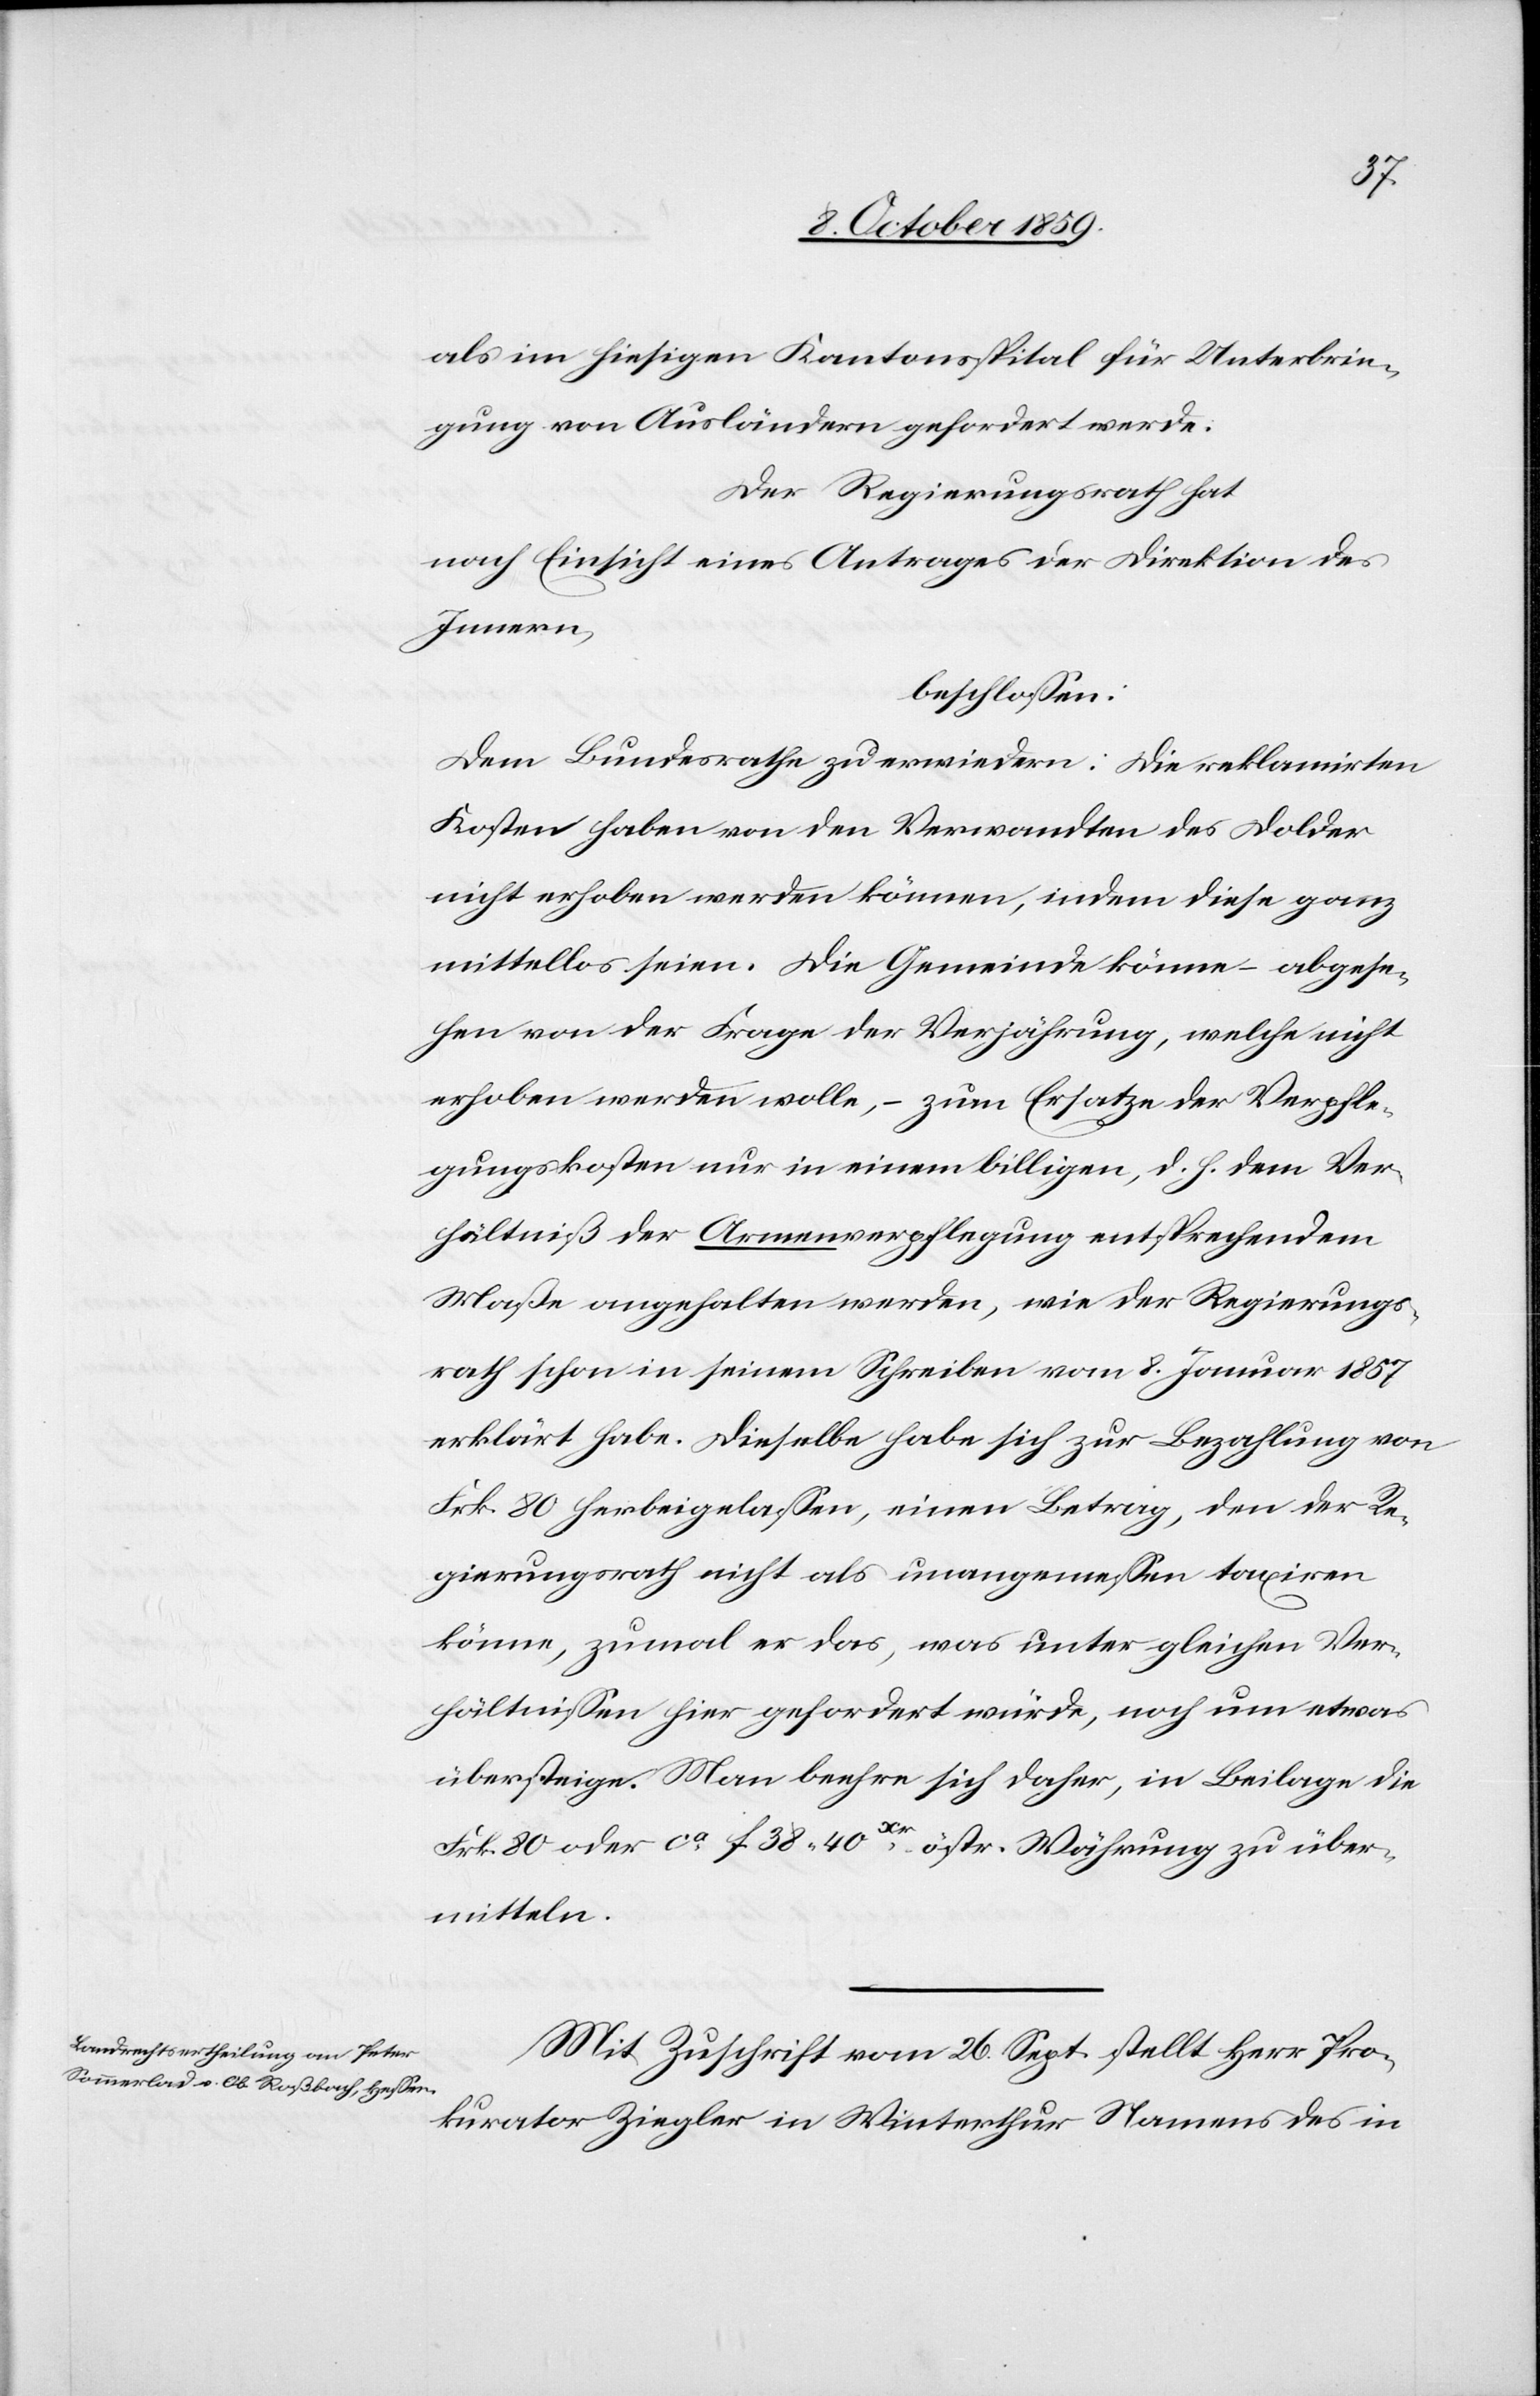
als im hiesigen Kantonsspital für Unterbrin¬
gung von Ausländern gefordert werde.
Der Regierungsrath hat
nach Einsicht eines Antrages der Direktion des
Innern,
beschlossen:
Dem Bundesrathe zu erwiedern: Die reklamirten
Kosten haben von den Verwandten des Dolder
nicht erhoben werden können, indem diese ganz
mittellos seien. Die Gemeinde könne – abgese¬
hen von der Frage der Verjährung, welche nicht
erhoben werden wolle, – zum Ersatze der Verpfle¬
gungskosten nur in einem billigen, d. h. dem Ver¬
hältniß der Armenverpflegung entsprechenden
Maße angehalten werden, wie der Regierungs¬
rath schon in seinem Schreiben vom 8. Januar 1867
erklärt habe. Dieselbe habe sich zur Bezahlung von
Frk. 80 herbeigelassen, einem Betrag, den der Re¬
gierungsrath nicht als unangemessen taxiren
könne, zumal er das, was unter gleichen Ver¬
hältnissen hier gefordert würde, noch um etwas
übersteige. Man beehre sich daher, in Beilage die
Frk. 80 oder ca. f. 38 40 Kr östr. Währung zu über¬
mitteln.
Mit Zuschrift vom 26. Sept. stellt Herr Pro¬
kurator Ziegler in Winterthur Namens des in